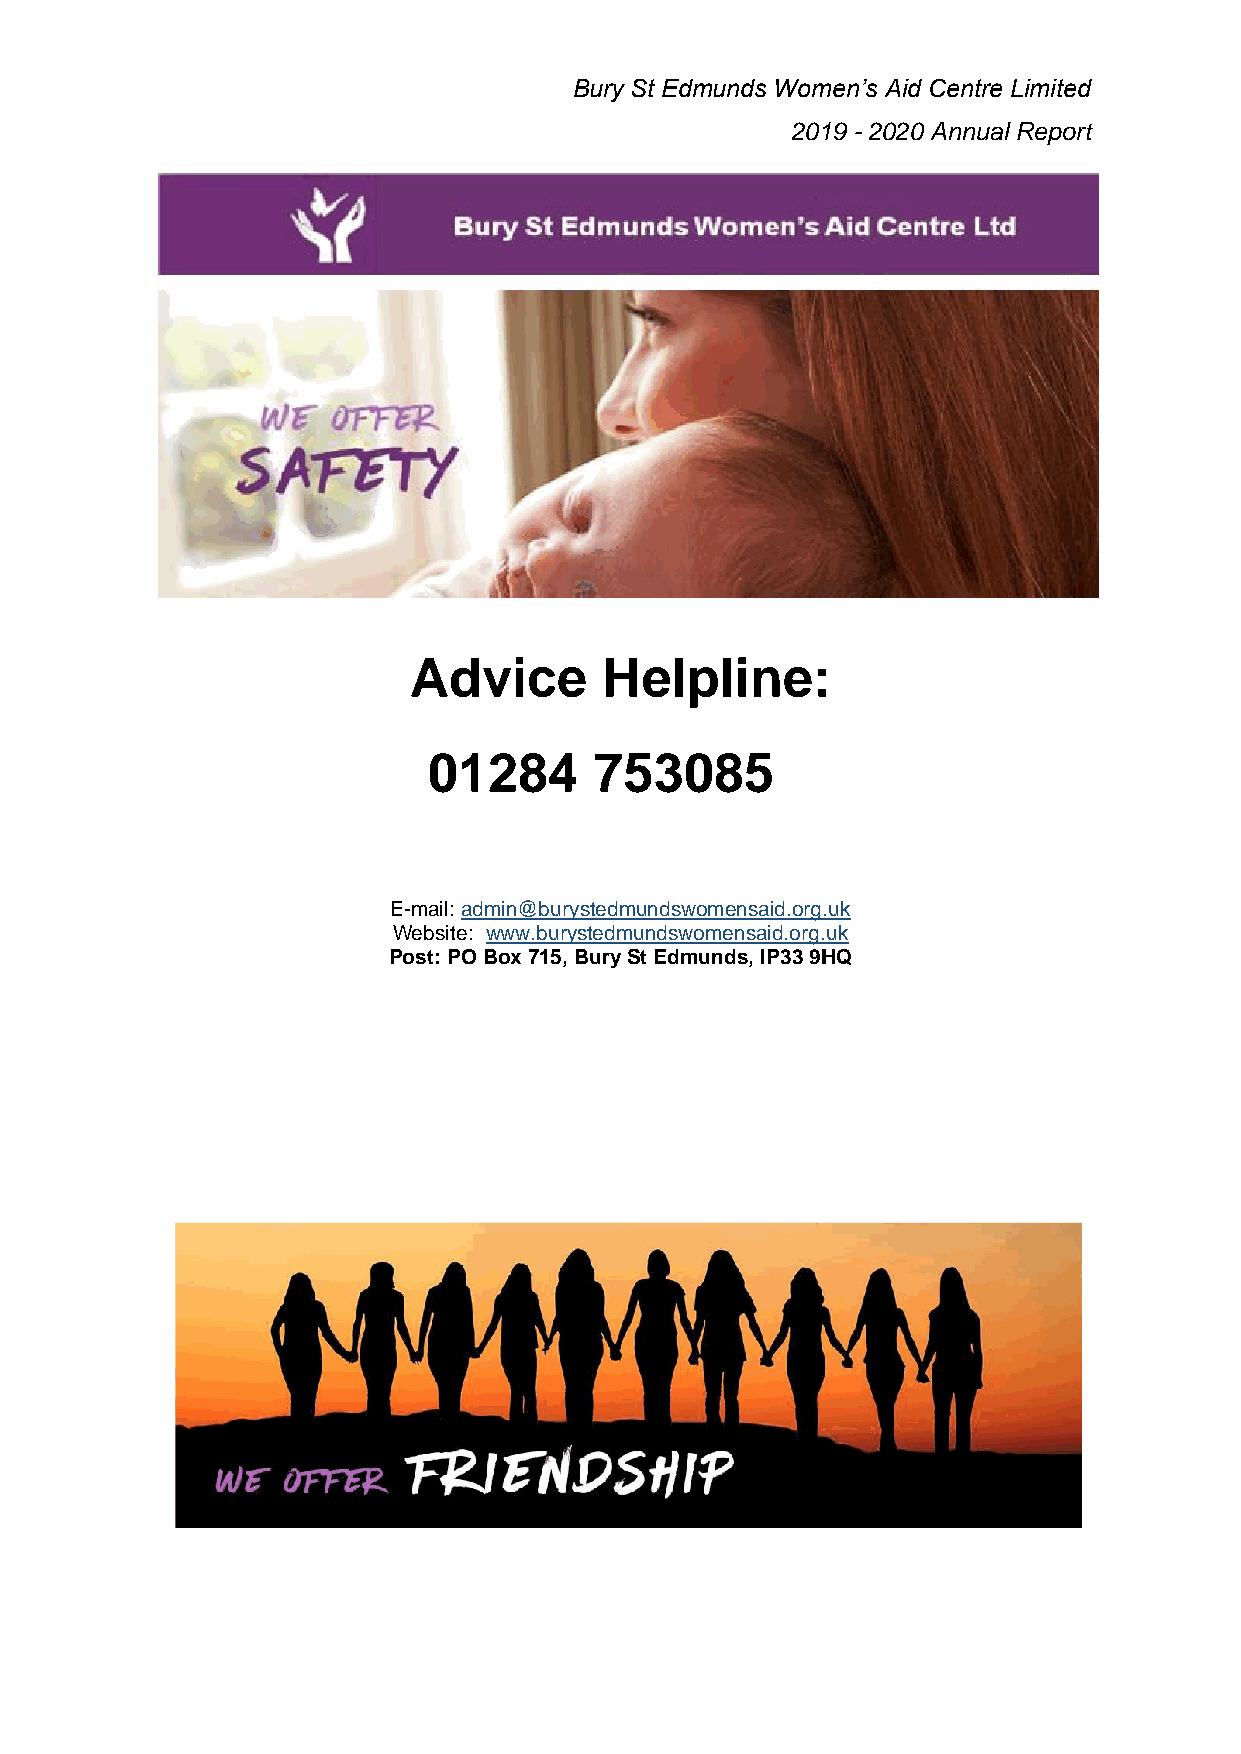
Bury St Edmunds Women’s Aid Centre Limited
 2019 - 2020 Annual Report
 Advice       Helpline:
 01284      753085
 E-mail: admin@burystedmundswomensaid.org.uk
 Website: www.burystedmundswomensaid.org.uk
 Post: PO Box 715, Bury St Edmunds, IP33 9HQ